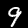
Label: 9